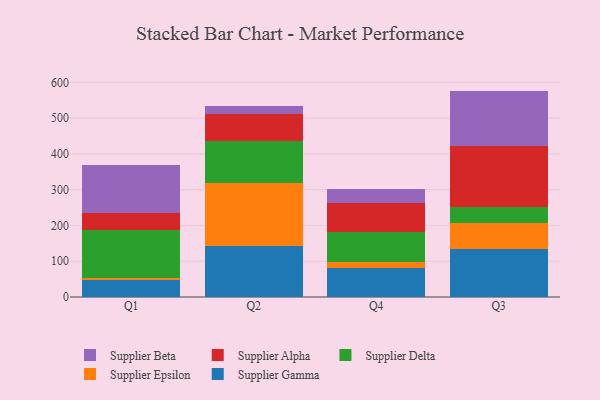
{"axis": {"x": "Quarter", "y": "Headcount"}, "legend": ["Supplier Alpha", "Supplier Beta", "Supplier Delta", "Supplier Epsilon", "Supplier Gamma"], "data": [{"x": "Q1", "y": 47.1, "type": "Supplier Gamma"}, {"x": "Q1", "y": 5.4, "type": "Supplier Epsilon"}, {"x": "Q1", "y": 135.2, "type": "Supplier Delta"}, {"x": "Q1", "y": 47.5, "type": "Supplier Alpha"}, {"x": "Q1", "y": 133.3, "type": "Supplier Beta"}, {"x": "Q2", "y": 142.3, "type": "Supplier Gamma"}, {"x": "Q2", "y": 175.9, "type": "Supplier Epsilon"}, {"x": "Q2", "y": 116.6, "type": "Supplier Delta"}, {"x": "Q2", "y": 77.9, "type": "Supplier Alpha"}, {"x": "Q2", "y": 21.8, "type": "Supplier Beta"}, {"x": "Q4", "y": 80.5, "type": "Supplier Gamma"}, {"x": "Q4", "y": 17.5, "type": "Supplier Epsilon"}, {"x": "Q4", "y": 85.1, "type": "Supplier Delta"}, {"x": "Q4", "y": 81.0, "type": "Supplier Alpha"}, {"x": "Q4", "y": 37.0, "type": "Supplier Beta"}, {"x": "Q3", "y": 134.5, "type": "Supplier Gamma"}, {"x": "Q3", "y": 71.3, "type": "Supplier Epsilon"}, {"x": "Q3", "y": 45.6, "type": "Supplier Delta"}, {"x": "Q3", "y": 169.5, "type": "Supplier Alpha"}, {"x": "Q3", "y": 155.4, "type": "Supplier Beta"}]}